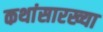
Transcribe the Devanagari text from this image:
कथांसारख्या